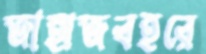
জাহাজবহরে